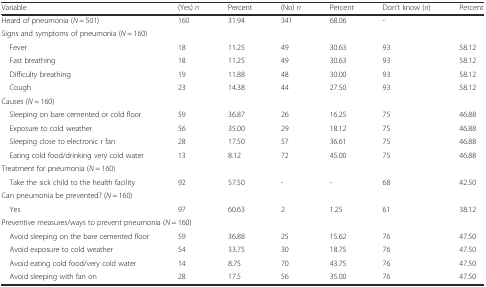
<table><thead><tr><td><b>Variable</b></td><td><b>(Yes) <i>n</i></b></td><td><b>Percent</b></td><td><b>(No) <i>n</i></b></td><td><b>Percent</b></td><td><b>Don’t know (<i>n</i>)</b></td><td><b>Percent</b></td></tr></thead><tbody><tr><td>Heard of pneumonia (<i>N</i> = 501)</td><td>160</td><td>31.94</td><td>341</td><td>68.06</td><td>-</td><td></td></tr><tr><td colspan="7">Signs and symptoms of pneumonia (<i>N</i> = 160)</td></tr><tr><td> Fever</td><td>18</td><td>11.25</td><td>49</td><td>30.63</td><td>93</td><td>58.12</td></tr><tr><td> Fast breathing</td><td>18</td><td>11.25</td><td>49</td><td>30.63</td><td>93</td><td>58.12</td></tr><tr><td> Difficulty breathing</td><td>19</td><td>11.88</td><td>48</td><td>30.00</td><td>93</td><td>58.12</td></tr><tr><td> Cough</td><td>23</td><td>14.38</td><td>44</td><td>27.50</td><td>93</td><td>58.12</td></tr><tr><td colspan="7">Causes (<i>N</i> = 160)</td></tr><tr><td> Sleeping on bare cemented or cold floor</td><td>59</td><td>36.87</td><td>26</td><td>16.25</td><td>75</td><td>46.88</td></tr><tr><td> Exposure to cold weather</td><td>56</td><td>35.00</td><td>29</td><td>18.12</td><td>75</td><td>46.88</td></tr><tr><td> Sleeping close to electronic r fan</td><td>28</td><td>17.50</td><td>57</td><td>36.61</td><td>75</td><td>46.88</td></tr><tr><td> Eating cold food/drinking very cold water</td><td>13</td><td>8.12</td><td>72</td><td>45.00</td><td>75</td><td>46.88</td></tr><tr><td colspan="7">Treatment for pneumonia (<i>N</i> = 160)</td></tr><tr><td> Take the sick child to the health facility</td><td>92</td><td>57.50</td><td>-</td><td>-</td><td>68</td><td>42.50</td></tr><tr><td colspan="7">Can pneumonia be prevented? (<i>N</i> = 160)</td></tr><tr><td> Yes</td><td>97</td><td>60.63</td><td>2</td><td>1.25</td><td>61</td><td>38.12</td></tr><tr><td colspan="7">Preventive measures/ways to prevent pneumonia (<i>N</i> = 160)</td></tr><tr><td> Avoid sleeping on the bare cemented floor</td><td>59</td><td>36.88</td><td>25</td><td>15.62</td><td>76</td><td>47.50</td></tr><tr><td> Avoid exposure to cold weather</td><td>54</td><td>33.75</td><td>30</td><td>18.75</td><td>76</td><td>47.50</td></tr><tr><td> Avoid eating cold food/very cold water</td><td>14</td><td>8.75</td><td>70</td><td>43.75</td><td>76</td><td>47.50</td></tr><tr><td> Avoid sleeping with fan on</td><td>28</td><td>17.5</td><td>56</td><td>35.00</td><td>76</td><td>47.50</td></tr></tbody></table>